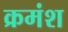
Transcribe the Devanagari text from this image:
क्रमंश